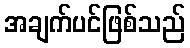
အချက်ပင်ဖြစ်သည်